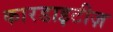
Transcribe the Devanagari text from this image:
कारडाइटीज़